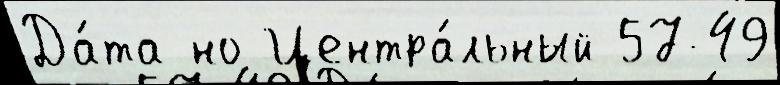
Да́та но Центра́льный 57-49